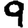
Digit: 9